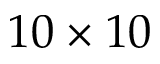
1 0 \times 1 0